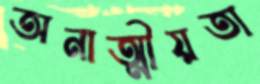
অনাত্মীয়তা